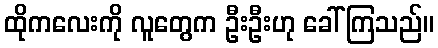
ထိုကလေးကို လူတွေက ဦးဦးဟု ခေါ်ကြသည်။